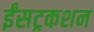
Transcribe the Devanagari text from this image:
ईंसट्रकशन